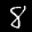
Label: 8